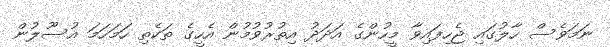
ނަމަވެސް ހާލުގައި ޖެހިފައިވާ މީހުންގެ އަދަދު އިތުރުވުމުން އެހީގެ ތަކެތި ހަމަހަމަ އުސޫލުން